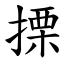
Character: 搮